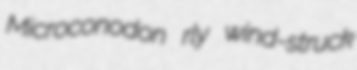
Microconodon rly wind-struck